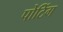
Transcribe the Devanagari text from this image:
पोटिंग